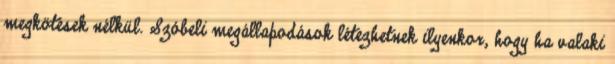
megkötések nélkül. Szóbeli megállapodások létezhetnek ilyenkor, hogy ha valaki